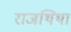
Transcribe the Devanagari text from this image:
राजथिथा